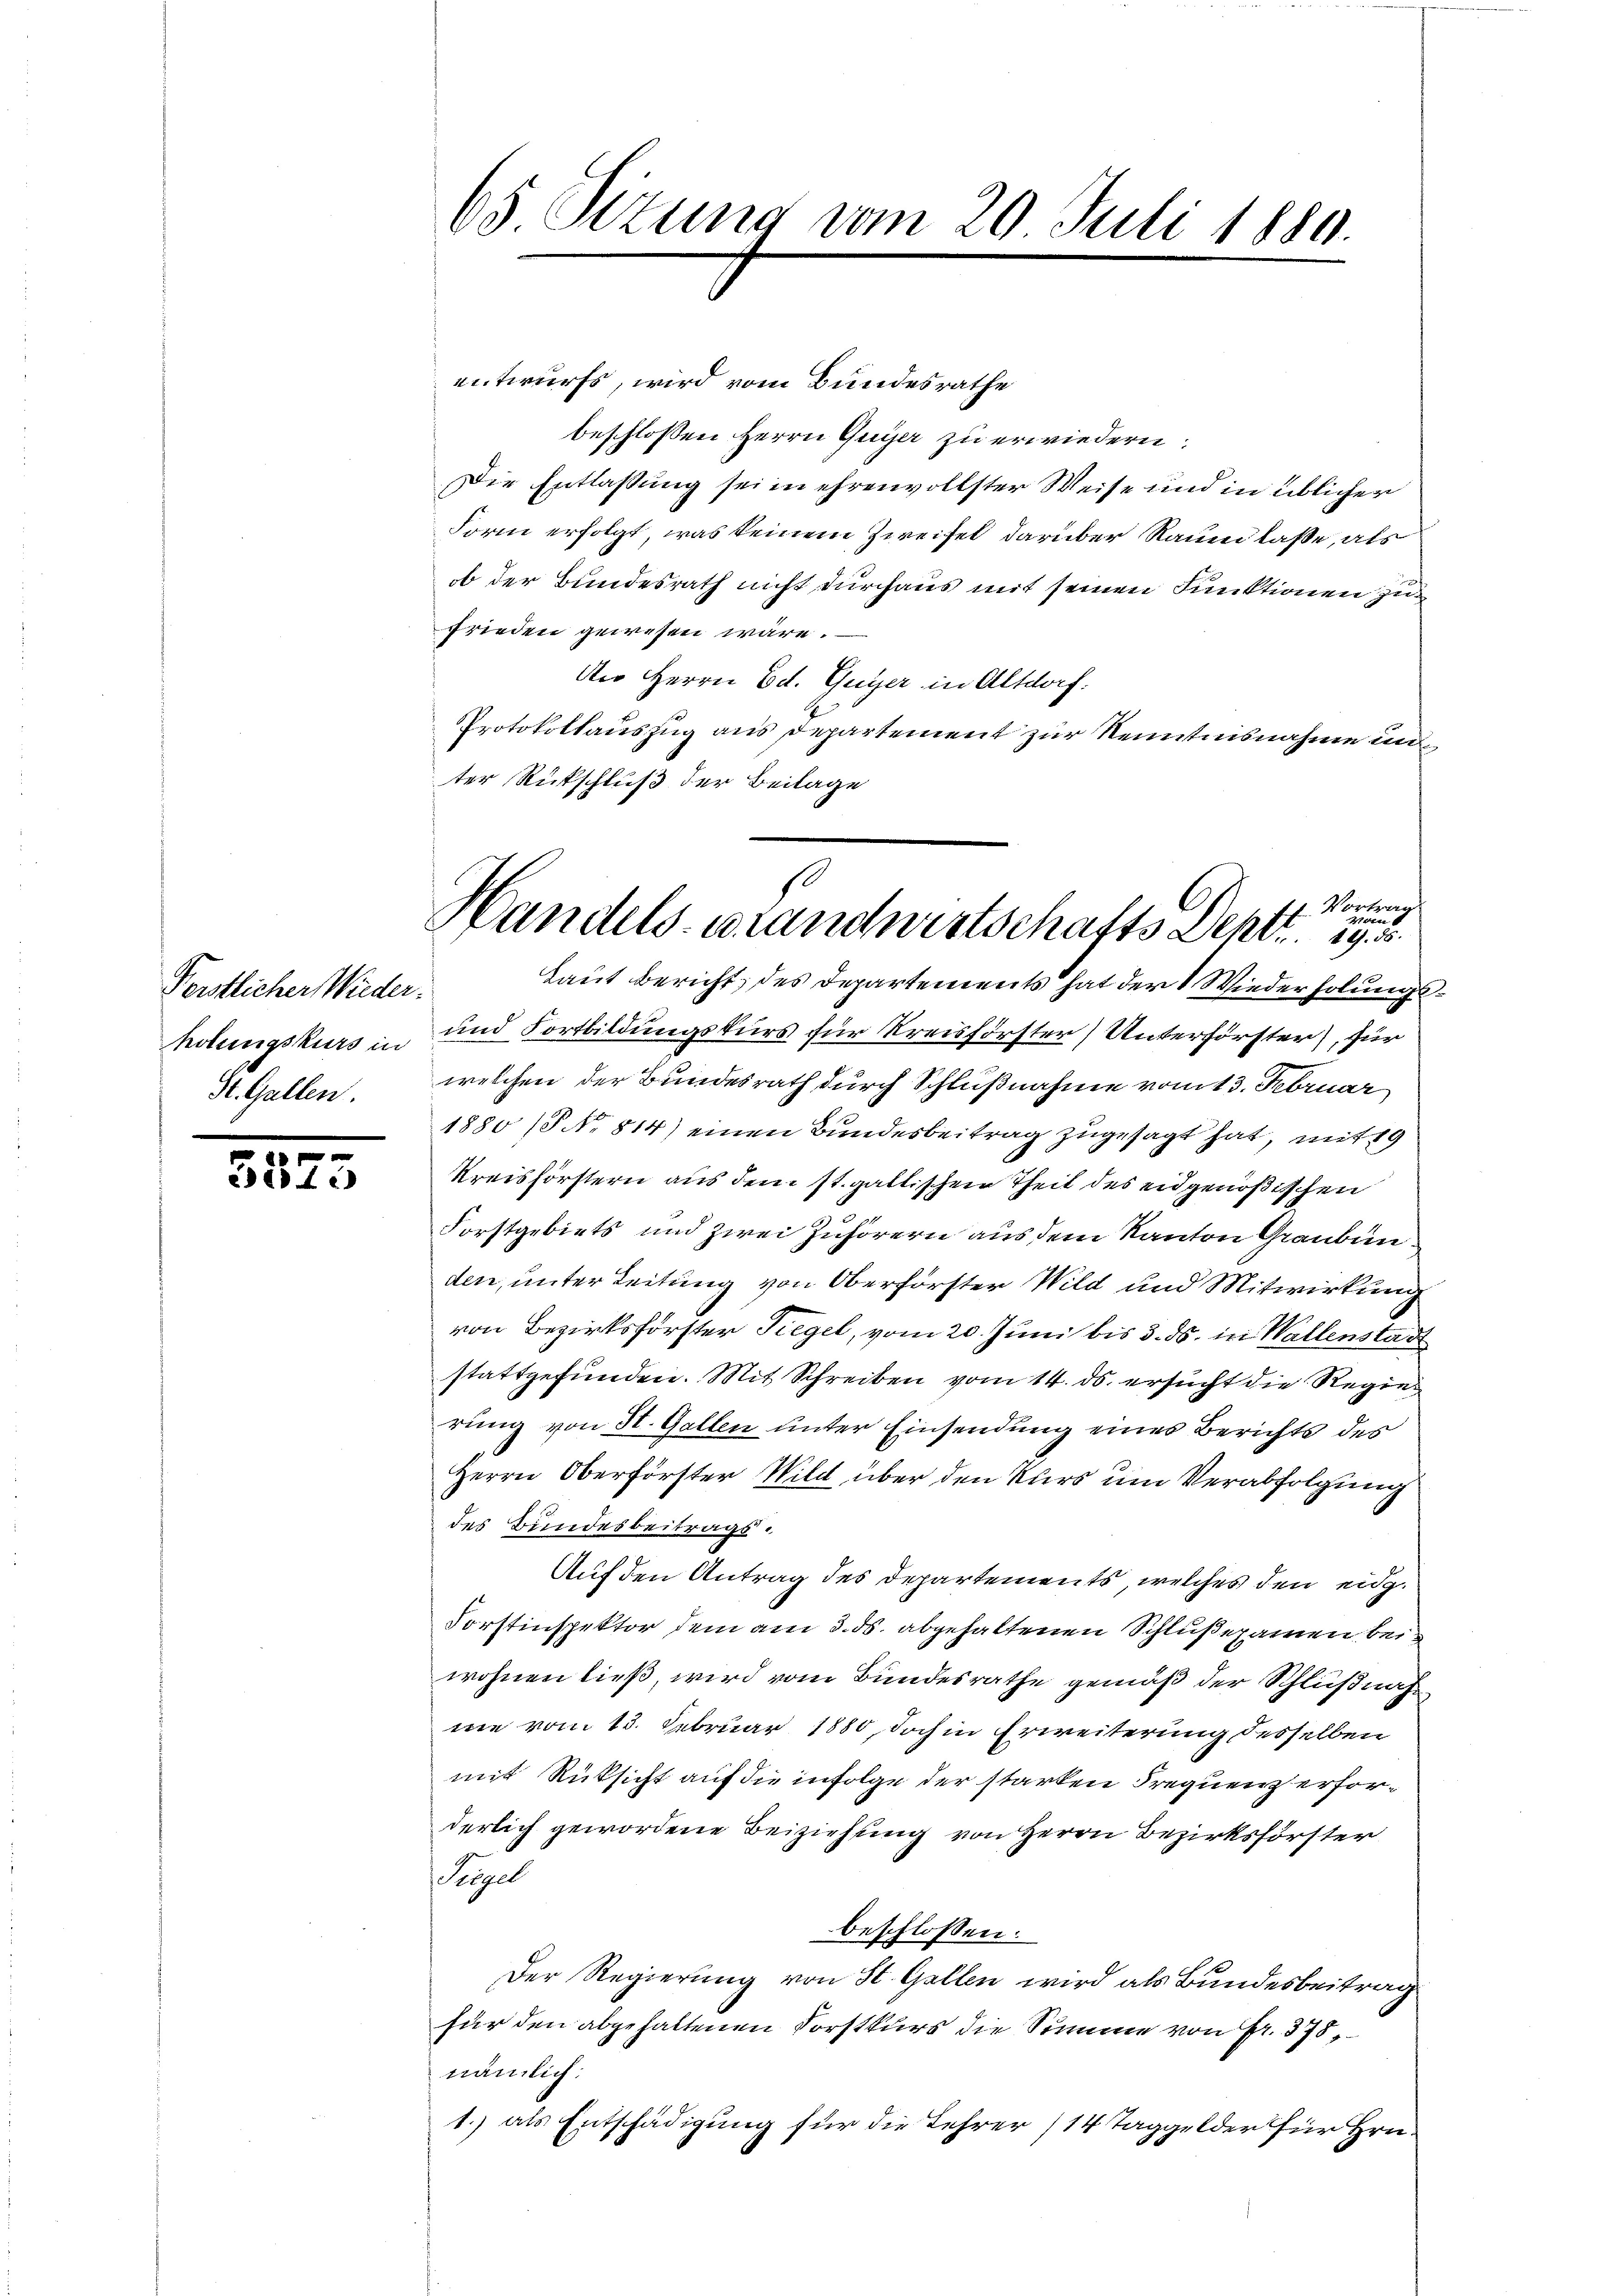
Forstlicher Wieder-
holungskurs in
St. Gallen.

3815

65 Sizung vom 20. Juli 1880.

4. Vortrag
den
Handels-Brandwirtschafts Depr

entwurfs, wird vom Bundesrathe
beschlossen Herrn Guyer zu erwiedern:
Die Entlassung sei in ehrenvollster Weise und in üblicher
Form erfolgt, was keinem Zweifel darüber Raum laße, als
b der Bundesrath nicht durchaus mit seinen Funktionen zu
frieden gewesen wäre.
An Herrn Ed. Guyer in Altdorf.
Protokollauszug aus Departement zur Kenntnisnahme im
ter Rückschluß der Beilage
Laut Bericht des Departements hat der Wiederholung
und Fortbildungskurs für Kreisförster) Unterförster), für
welchen der Bundesrath durch Schlußnahme vom 13. Februar
1880 (§ No. 814) einen Bundesbeitrag zugesagt hat, mit 19
Kreisförstern aus dem st. galtischen Theil des eidgenößischen
Forstgebiets und zwei Zuhörern aus dem Kanton Graubünden, unter Leitung von Oberförster Wild und Mitwirkung
von Bezirksförster Tiegel, vom 20. Juni bis 3. ds. in Wallenstad
stattgefunden. Mit Schreiben vom 14. ds. ersucht die Regierung von St. Gallen unter Einsendung eines Berichts des
Herrn Oberförster Wild über den Kurs um Verabfolgung
des Bundesbeitrags¬
Auf den Antrag des Departements, welches den eidg.
Forstinspektor dein am 3. ds. abgehaltenen Schlußexamen bei
wohnen ließ, wird vom Bundesrathe gemäß der Schlußnahme vom 13. Februar 1880, doch in Erweiterung desselben
mit Rüksicht auf die infolge der starken Frequenz erforderlich gewordene Beiziehung von Herrn Bezirksförster
Sigel
beschlossen:
Der Regierung von St. Gallen wird als Bundesbeitrag
für den abgehaltenen Forstkurs die Summe von Fr. 375,
nämlich:
1.) als Entschädigung für die Lehrer 14 Taggelder für Hrn.

u